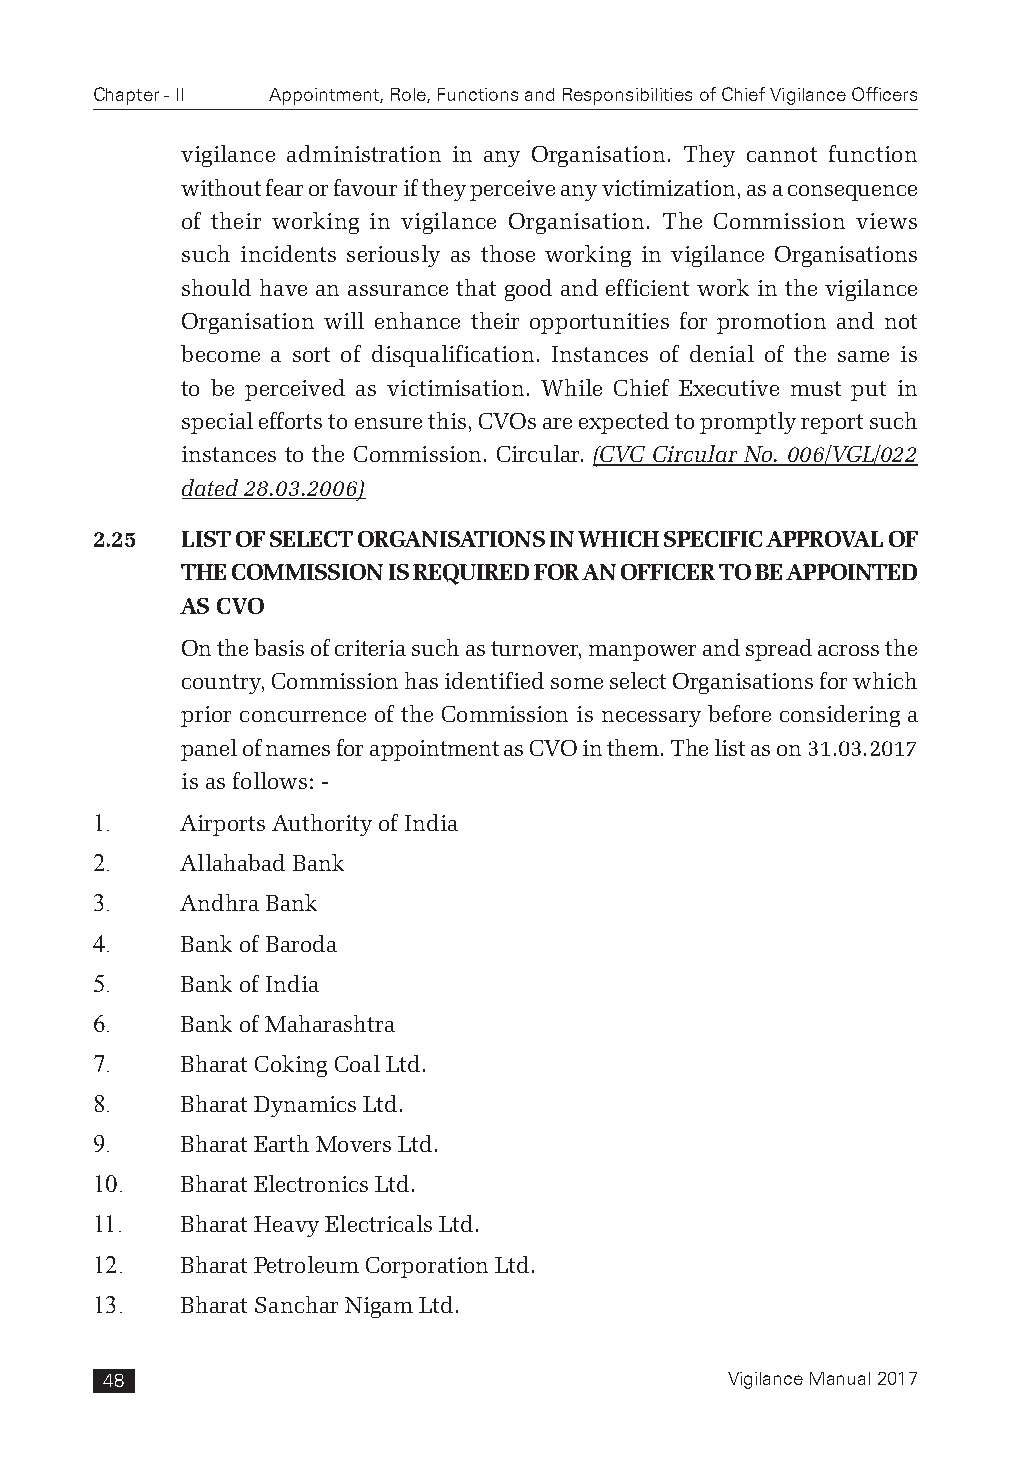
Chapter - II Appointment, Role, Functions and Responsibilities of Chief Vigilance Officers
 vigilance administration in any Organisation. They cannot function
 without fear or favour if they perceive any victimization, as a consequence
 of their working in vigilance Organisation. The Commission views
 such incidents seriously as those working in vigilance Organisations
 should have an assurance that good and efficient work in the vigilance
 Organisation will enhance their opportunities for promotion and not
 become a sort of disqualification. Instances of denial of the same is
 to be perceived as victimisation. While Chief Executive must put in
 special efforts to ensure this, CVOs are expected to promptly report such
 instances to the Commission. Circular. (CVC Circular No. 006/VGL/022
 dated 28.03.2006)
 2.25  LIST OF SELECT ORGANISATIONS IN WHICH SPECIFIC APPROVAL OF
 THE COMMISSION IS REQUIRED FOR AN OFFICER TO BE APPOINTED
 AS CVO
 On the basis of criteria such as turnover, manpower and spread across the
 country, Commission has identified some select Organisations for which
 prior concurrence of the Commission is necessary before considering a
 panel of names for appointment as CVO in them. The list as on 31.03.2017
 is as follows: -
 1.    Airports Authority of India
 2.    Allahabad Bank
 3.    Andhra Bank
 4.    Bank of Baroda
 5.    Bank of India
 6.    Bank of Maharashtra
 7.    Bharat Coking Coal Ltd.
 8.    Bharat Dynamics Ltd.
 9.    Bharat Earth Movers Ltd.
 10.   Bharat Electronics Ltd.
 11.   Bharat Heavy Electricals Ltd.
 12.   Bharat Petroleum Corporation Ltd.
 13.   Bharat Sanchar Nigam Ltd.
 48                                       Vigilance Manual 2017